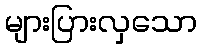
များပြားလှသော